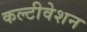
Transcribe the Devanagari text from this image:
कल्टीवेशन